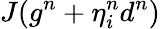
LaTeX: J(g^{n}+\eta_{i}^{n}d^{n})